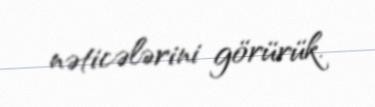
nəticələrini görürük.